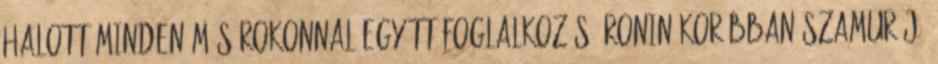
halott minden más rokonnal együtt Foglalkozás: ronin korábban szamuráj,